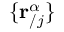
\{ \mathbf { r } _ { / j } ^ { \alpha } \}